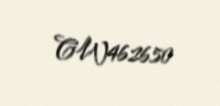
CW462650